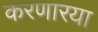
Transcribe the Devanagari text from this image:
करणारया